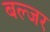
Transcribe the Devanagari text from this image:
बल्जर